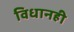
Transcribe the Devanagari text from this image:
विधानही